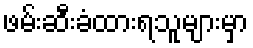
ဖမ်းဆီးခံထားရသူများမှာ